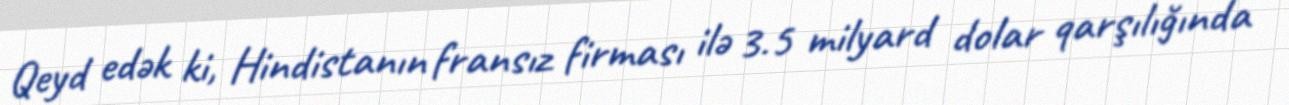
Qeyd edək ki, Hindistanın fransız firması ilə 3.5 milyard dolar qarşılığında